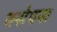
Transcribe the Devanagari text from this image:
क्सेपना